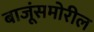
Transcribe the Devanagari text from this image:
बाजूंसमोरील